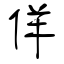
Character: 佯